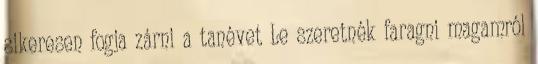
sikeresen fogja zárni a tanévet Le szeretnék faragni magamról